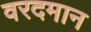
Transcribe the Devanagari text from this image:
वरदमान